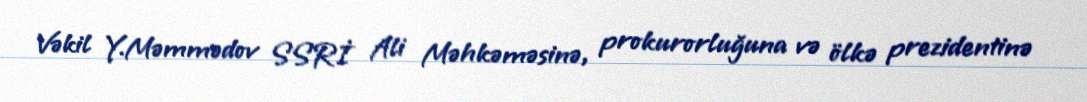
Vəkil Y.Məmmədov SSRİ Ali Məhkəməsinə, prokurorluğuna və ölkə prezidentinə